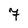
Character: 7